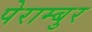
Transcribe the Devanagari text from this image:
पेराम्बुर